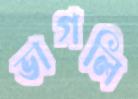
ভাগলি